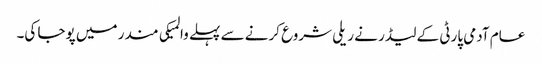
عام آدمی پارٹی کے لیڈر نے ریلی شروع کرنے سے پہلے والمیکی مندر میں پوجا کی۔